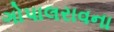
ગોપાલરાવના